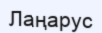
Лаңарус